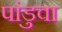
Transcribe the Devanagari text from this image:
पांडुवा